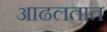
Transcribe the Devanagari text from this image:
आढलतात